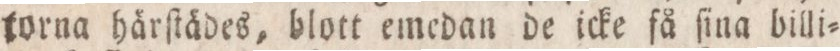
torna härſtädes, blott emedan de icke få ſina billi=